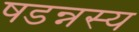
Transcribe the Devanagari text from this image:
षडन्नस्य